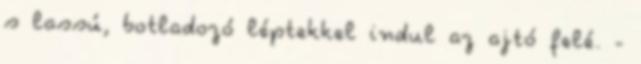
s lassú, botladozó léptekkel indul az ajtó felé. -